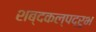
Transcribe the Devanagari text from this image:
शब्दकल्पद्रुभ